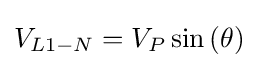
V_{L1-N}=V_{P}\sin \left(\theta \right)\,\!